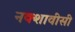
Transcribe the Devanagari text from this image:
नक्शावीसी